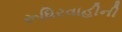
રૂધિરવાહીની